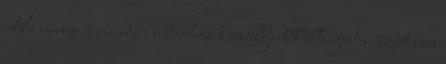
Ha nincs is minden videóhoz komolyabb költségvetés, azért van